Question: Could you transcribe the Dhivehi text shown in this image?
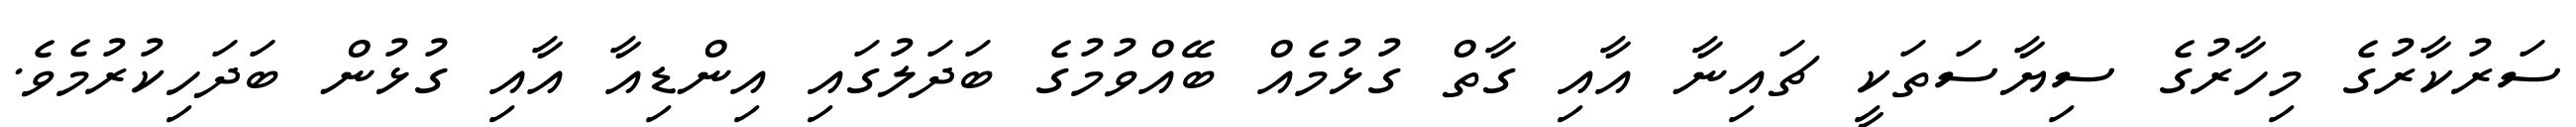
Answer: ސަރުކާރުގެ މިހާރުގެ ސިޔާސަތަކީ ޗައިނާ އާއި ގާތް ގުޅުމެއް ބޭއްވުމުގެ ބަދަލުގައި އިންޑިއާ އާއި ގުޅުން ބަދަހިކުރުމެވެ.